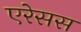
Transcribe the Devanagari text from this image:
एरेसस